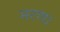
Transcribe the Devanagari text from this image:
मरण।